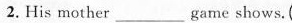
2.His mother ___game shows.